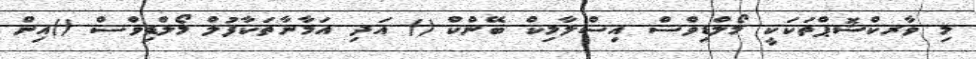
މި ވާރކްޝޮޕްތަކަކީ މޯލްޑިވްސް އިސްލާމިކް ބޭންކް () އަދި އަމާނާތަކާފުލް މޯލްޑިވްސް ()އިން